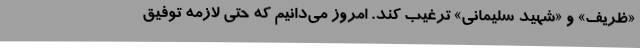
«ظریف» و «شهید سلیمانی» ترغیب کند. امروز می‌دانیم که حتی لازمهٔ توفیق